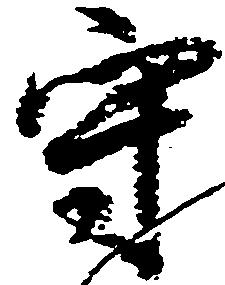
守